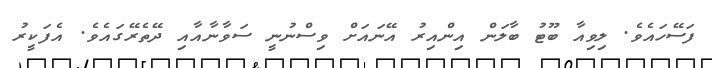
ފަސޭހައެވެ. ލިވިއާ ބޫޓު ބާލަން އިންއިރު އޭނައަށް ވިސްނުނީ ސަވާނާއާއި ދޭތެރޭގައެވެ. އެފަކީރު